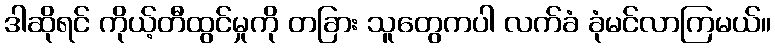
ဒါဆိုရင် ကိုယ့်တီထွင်မှုကို တခြား သူတွေကပါ လက်ခံ ခုံမင်လာကြမယ်။